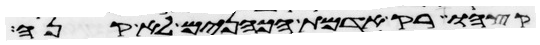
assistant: קצהו רק אדמת הכהנים לא קנה